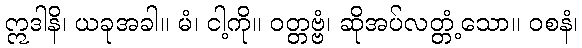
ဣဒါနိ၊ ယခုအခါ။ မံ၊ ငါ့ကို။ ဝတ္တဗ္ဗံ၊ ဆိုအပ်လတ္တံ့သော။ ဝစနံ၊